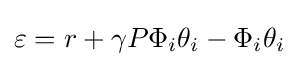
\varepsilon =r+\gamma P\Phi _{i}\theta _{i}-\Phi _{i}\theta _{i}